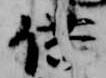
供